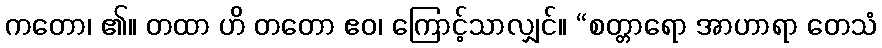
ကတော၊ ၏။ တထာ ဟိ တတော ဧဝ၊ ကြောင့်သာလျှင်။ “စတ္တာရော အာဟာရာ တေသံ